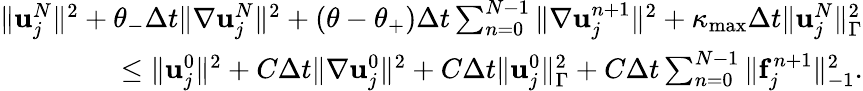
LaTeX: \begin{array}{r}{\| {\mathbf u}_{j}^{N}\| ^{2}+\theta_{-}\Delta t\| \nabla{\mathbf u}_{j}^{N}\| ^{2}+(\theta-\theta_{+})\Delta t\sum_{n=0}^{N-1}\| \nabla{\mathbf u}_{j}^{n+1}\| ^{2}+\kappa_{\operatorname*{max}}\Delta t\| {\mathbf u}_{j}^{N}\| _{\Gamma}^{2}}\\ {\le\| {\mathbf u}_{j}^{0}\| ^{2}+C\Delta t\| \nabla{\mathbf u}_{j}^{0}\| ^{2}+C\Delta t\| {\mathbf u}_{j}^{0}\| _{\Gamma}^{2}+C\Delta t\sum_{n=0}^{N-1}\| {\mathbf f}_{j}^{n+1}\| _{-1}^{2}.}\end{array}